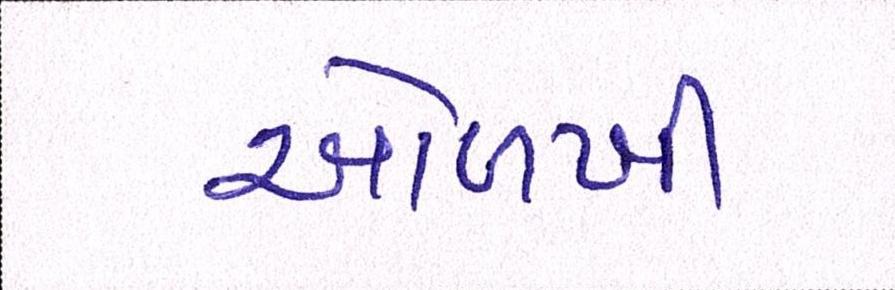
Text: ઓળખી